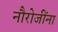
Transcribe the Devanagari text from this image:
नौरोजींना